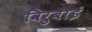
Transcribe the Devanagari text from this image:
विरुबाई